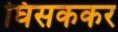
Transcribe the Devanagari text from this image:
घिसककर